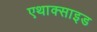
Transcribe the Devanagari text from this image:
एथाक्साइड